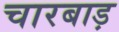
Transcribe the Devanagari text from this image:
चारबाड़